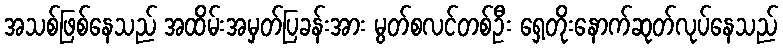
အသစ်ဖြစ်နေသည် အထိမ်းအမှတ်ပြခန်းအား မွတ်စလင်တစ်ဦး ရှေ့တိုးနောက်ဆုတ်လုပ်နေသည်